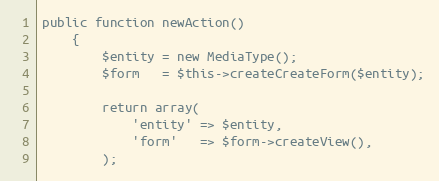
Language: PHP
public function newAction()
    {
        $entity = new MediaType();
        $form   = $this->createCreateForm($entity);

        return array(
            'entity' => $entity,
            'form'   => $form->createView(),
        );